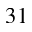
3 1